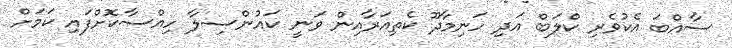
ސާއްބަ އެކުވެރި ކްލަބް އަދި ހަނިމާދޫ ކެތިއަރާއިން ވަނީ ކައުންސިލާ ހިއްސާކޮށްފައި ކަމަށް